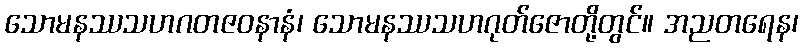
သောမနဿသဟဂတဇဝနာနံ၊ သောမနဿသဟဂုတ်ဇောတို့တွင်။ အညတရေန၊